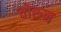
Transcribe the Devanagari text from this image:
चोरुन